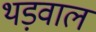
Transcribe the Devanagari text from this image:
थड़वाल